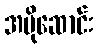
အပိုဆောင်း